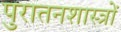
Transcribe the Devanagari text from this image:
पुरातनशास्त्रों